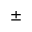
\pm